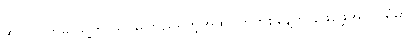
အလိုလိုကမှ သူ့ကို သိပ်မကြည်ရတဲ့အထဲ၊ ဟိုတစ်နေ့က ဖေဖေ့အလုပ်ရုံမှာ